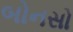
બોનસો